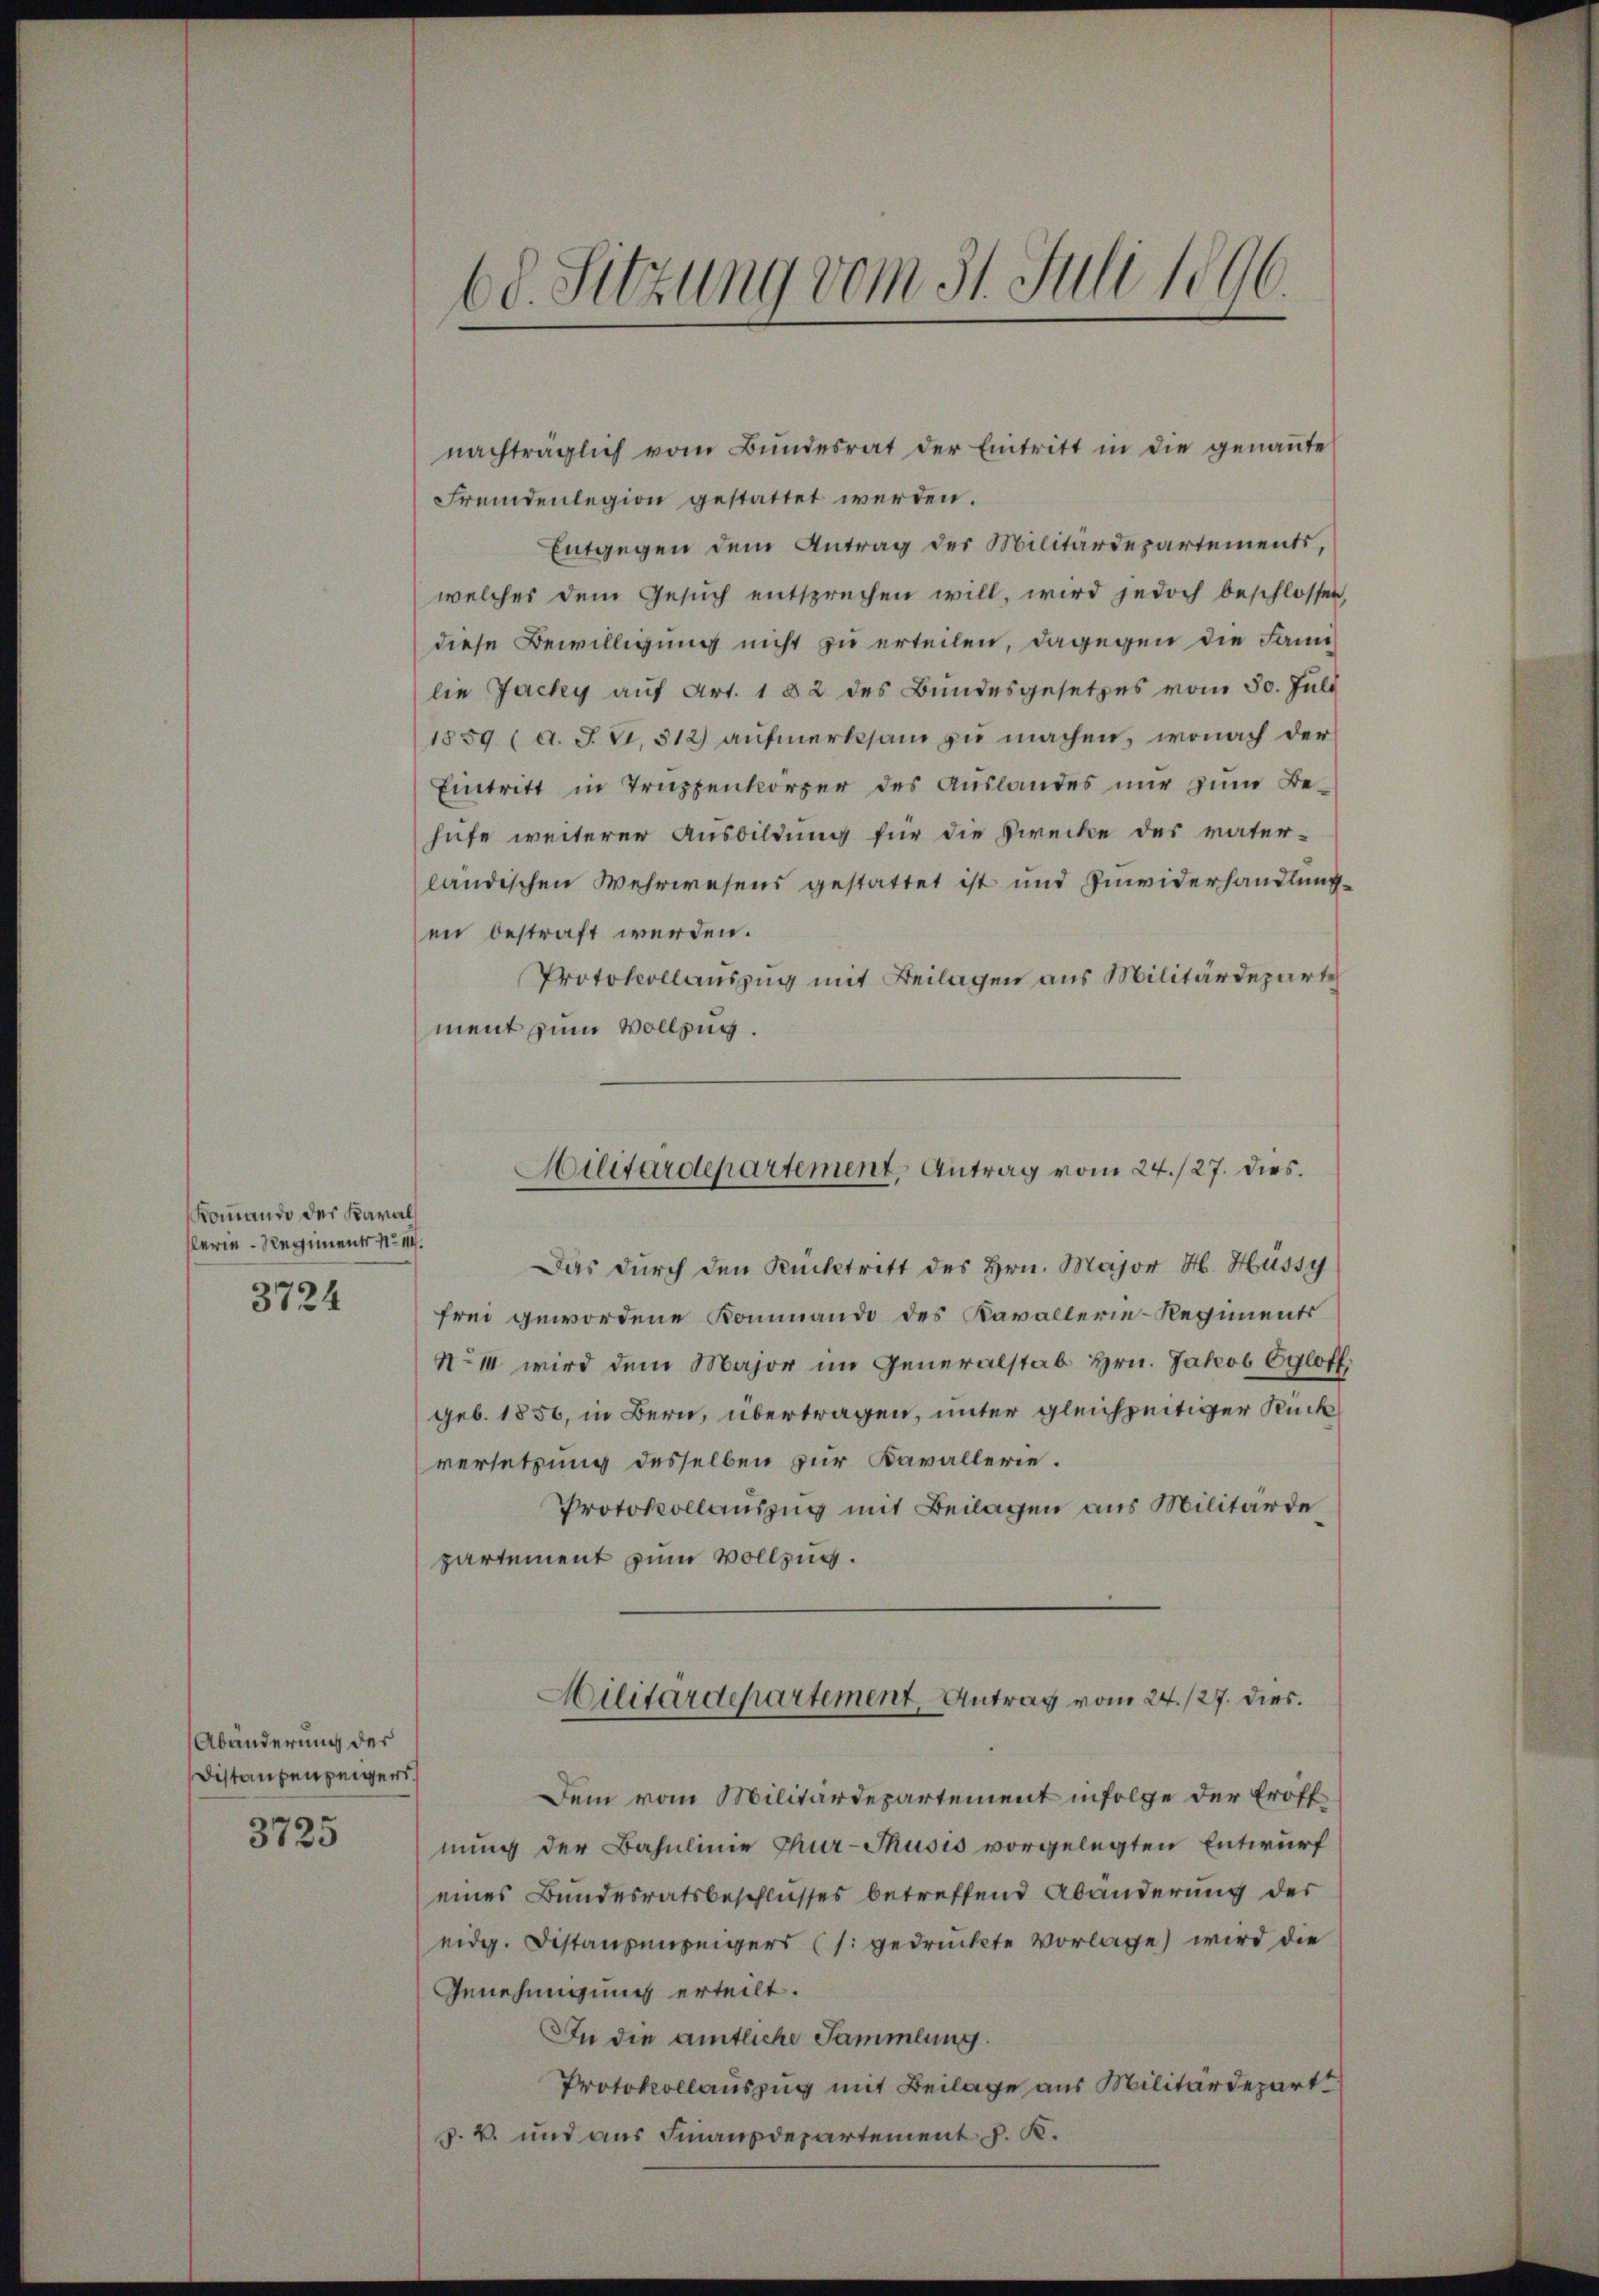
Kommando der Karal
slerie-Regiments No III.
3724

Abänderung des
Distanzenzeigers.

3725

nachträglich vom Bŭndesrat der Eintritt in die genaṅte
Fremdenlegion gestattet werden.
Entgegen dem Antrag der Militärdepartements,
welches dem Gesuch entsprechen will, wird jedoch beschlossen,
diese Bewilligung nicht zu erteilen, dagegen die Familie Jacky auf Art. 1 § 2 des Bundesgesetzes vom 30. Juli
1859 (d. J. V. 312) aufmerksam zu machen, wonach der
Eintritt in Truppenkörper des Auslandes nur zum Behufe weiterer Ausbildung für die Zwecke des vater-
ländischen Wehrwesens gestattet ist und Zuwiderhandlung
en bestraft werden.
Protokollauszug mit Beilagen aus Militärdeparte
ment zum Vollzug.
Das durch den Rücktritt des Hrn. Major H. Hüssy
frei gewordene Kommando des Kavallerie-Regiments
No II wird dem Major im Generalstab Hrn. Jakob Egloff
geb. 1856, in Bern, übertragen, unter gleichzeitiger Rück
versetzung desselben zur Kavallerie.
Protokollauszug mit Beilagen aus Militärde
partement zum Vollzug.
Militärdepartement, Antrag vom 24. /27. dies
Dem vom Militärdepartement infolge der Eröff
nung der Bahnlinie Chur-Thusis vorgelegten Entwurf
eines Bundesratsbeschlusses betreffend Abänderung des
eidg. Distanzenzeigers (s. gedruckte Vorlage) wird die
Genehmigung erteilt.
In die amtliche Sammlung.
Protokollauszug mit Beilage aus Militärdepart
p. v. und aus Finanzdepartement J. K.

68. Sitzung vom 31. Juli 1896.

Hilitärdepartement, Antrag vom 24./27. dies